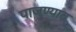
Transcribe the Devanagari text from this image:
पाजण्यात